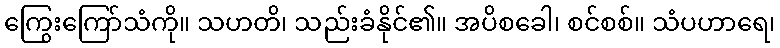
ကြွေးကြော်သံကို။ သဟတိ၊ သည်းခံနိုင်၏။ အပိစခေါ၊ စင်စစ်။ သံပဟာရေ၊